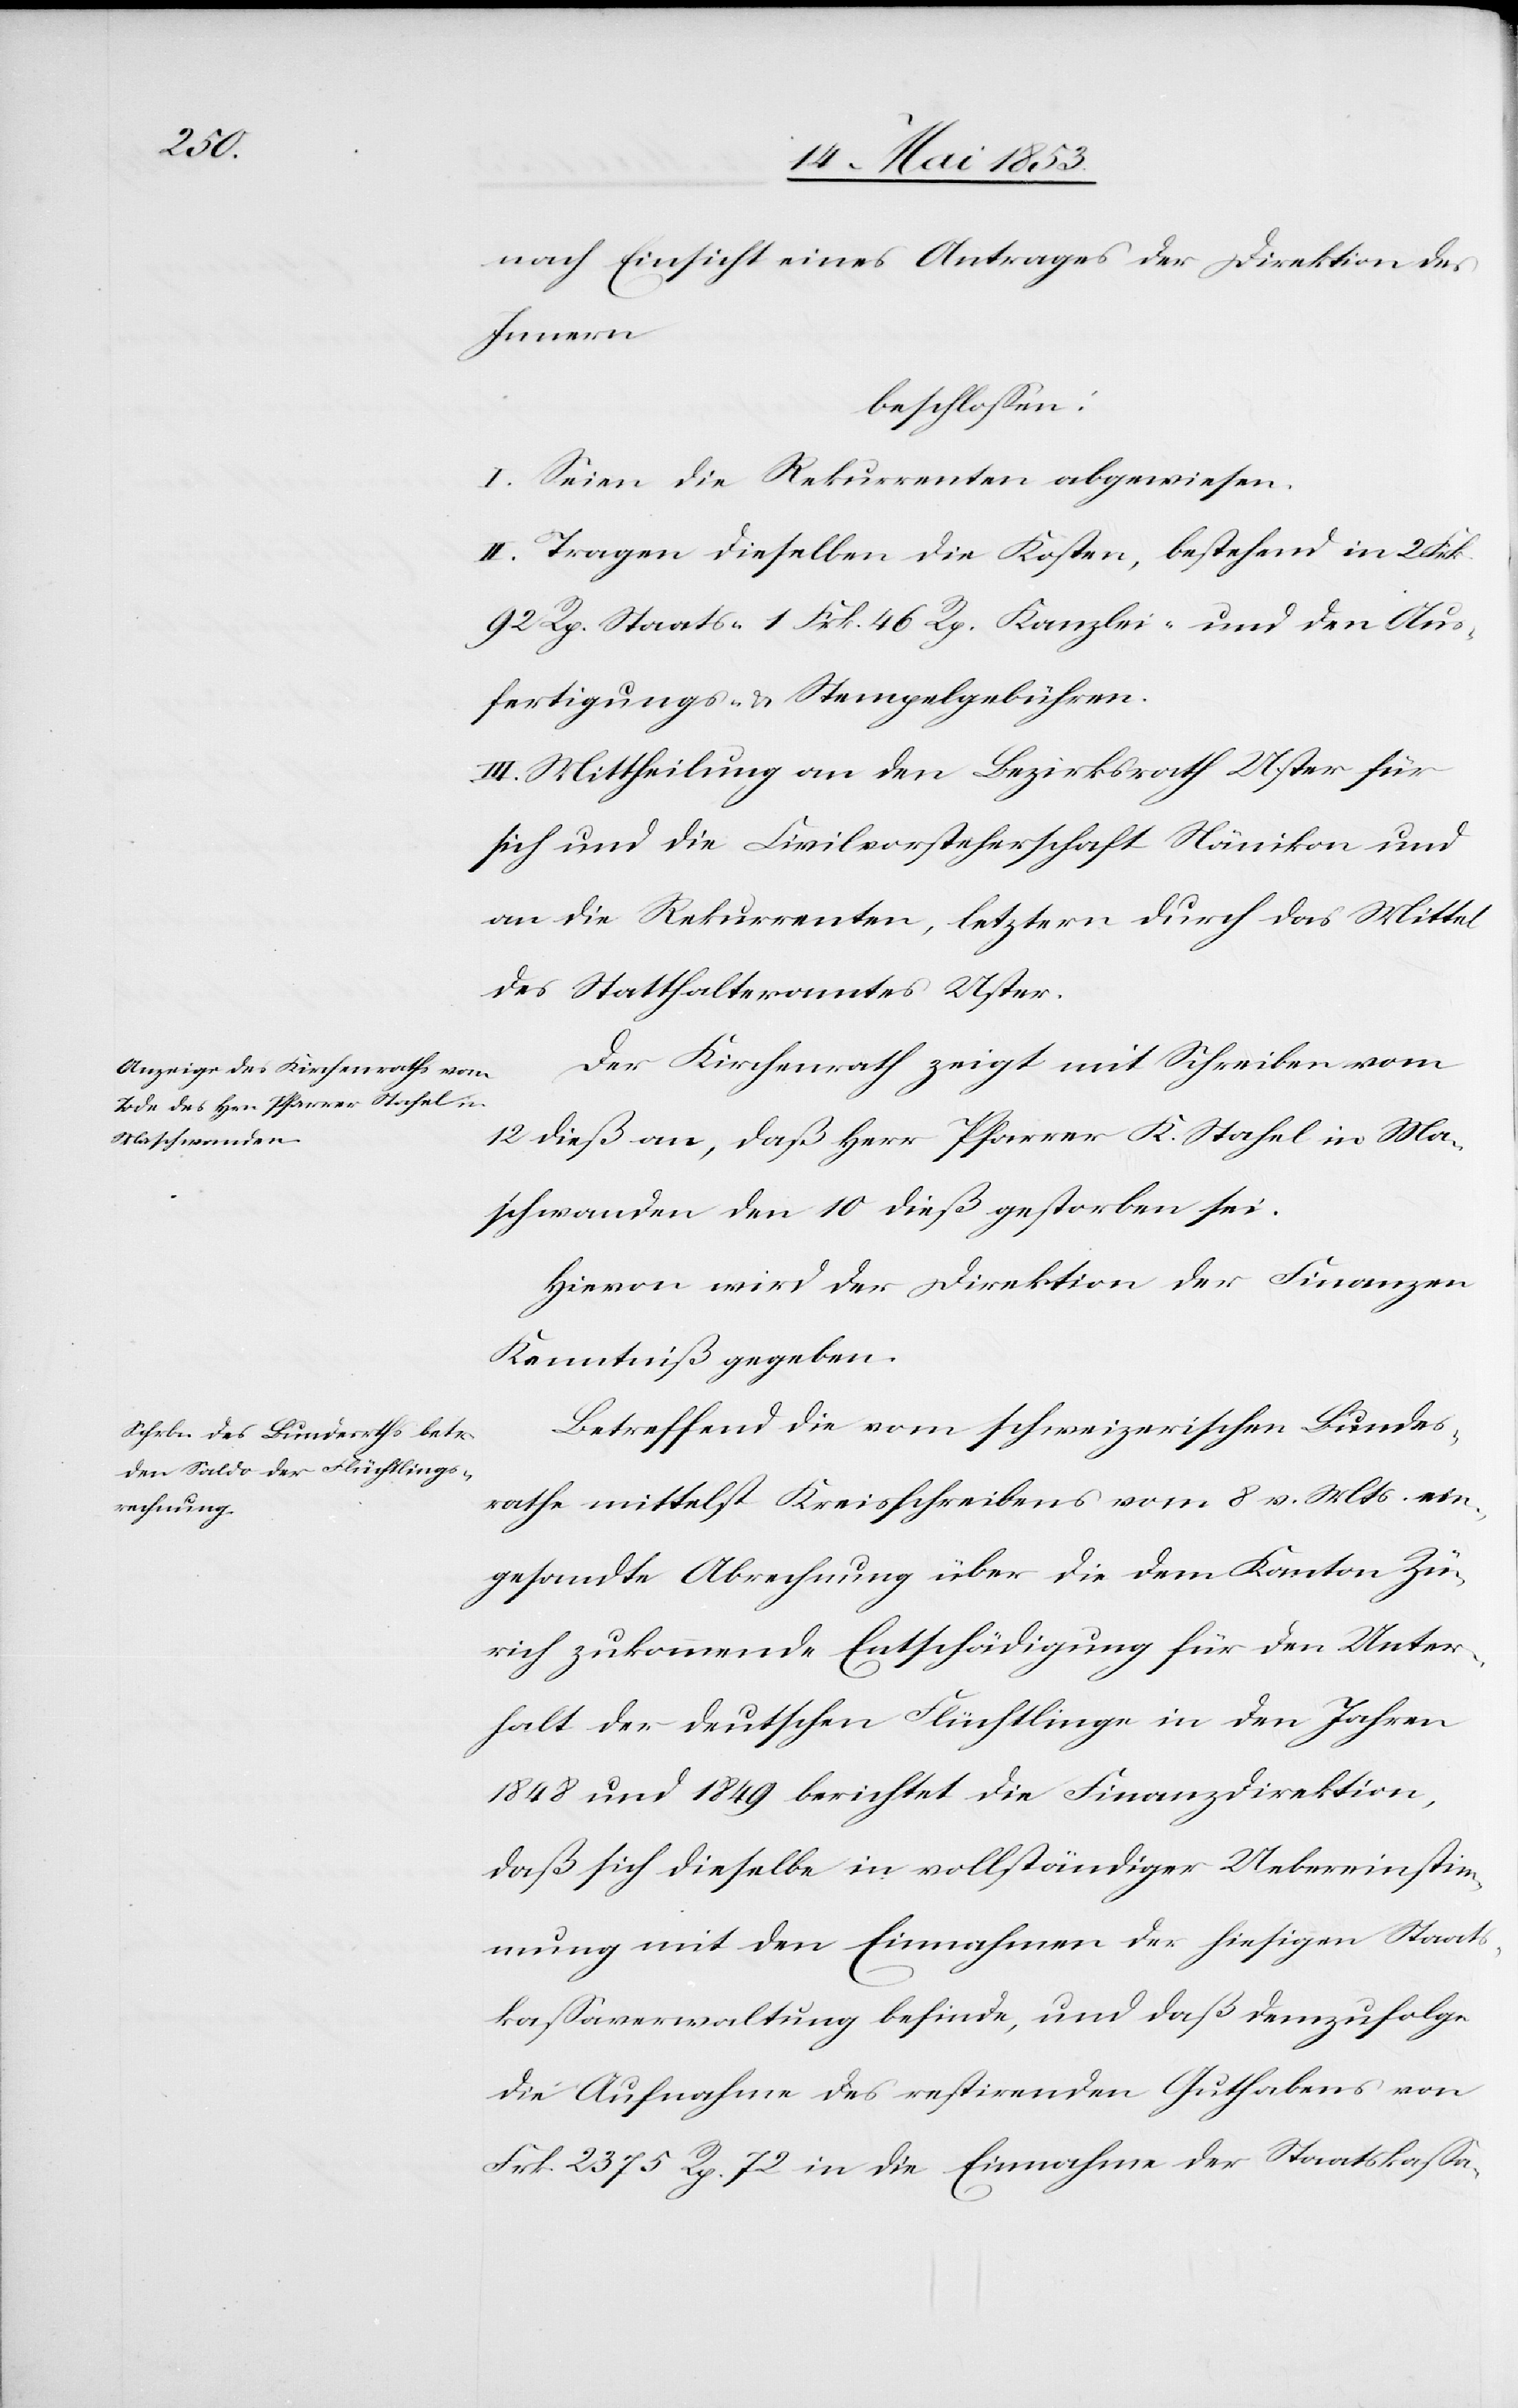
nach Einsicht eines Antrages der Direktion des
Innern
beschloßen:
I. Seien die Rekurrenten abgewiesen.
II. Tragen dieselben die Kosten, bestehend in 2 Frk.
92 Rp. Staats- 1 Frk. 46 Rp. Kanzlei- und den Aus¬
fertigungs- u. Stempelgebühren.
III. Mittheilung an den Bezirksrath Uster für
sich und die Civilvorsteherschaft Nänikon und
an die Rekurrenten, letztern durch das Mittel
des Statthalteramtes Uster.
Der Kirchenrath zeigt mit Schreiben vom
12 dieß an, daß Herr Pfarrer K. Stahel in Ma¬
schwanden den 10 dieß gestorben sei.
Hievon wird der Direktion der Finanzen
Kenntniß gegeben.
Betreffend die vom schweizerischen Bundes¬
rathe mittelst Kreisschreibens vom 8. v. Mts. ein¬
gesandte Abrechnung über die dem Kanton Zü¬
rich zukommende Entschädigung für den Unter¬
halt der deutschen Flüchtlinge in den Jahren
1848 und 1849 berichtet die Finanzdirektion,
daß sich dieselbe in vollständiger Uebereinstim¬
mung mit den Einnahmen der hiesigen Staats¬
kaßaverwaltung befinde, und daß demzufolge
die Aufnahme des restirenden Guthabens von
Frk 2375 Rp. 72 in die Einnahme der Staatskaßa-